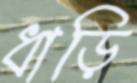
ধাড়ি